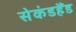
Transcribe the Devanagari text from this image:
सेकंडहैंड